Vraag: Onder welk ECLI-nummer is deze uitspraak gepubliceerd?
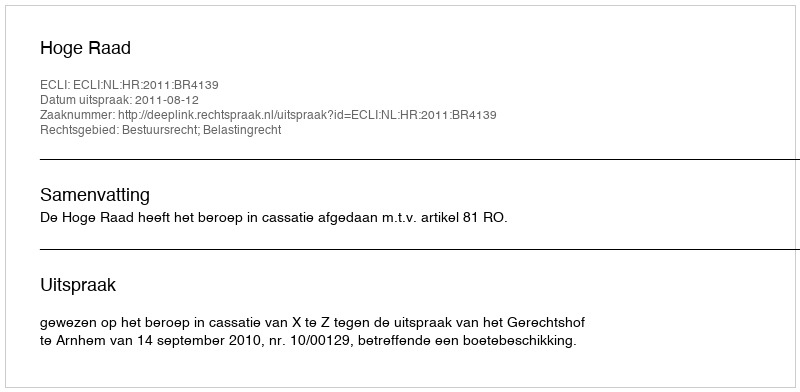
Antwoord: ECLI:NL:HR:2011:BR4139